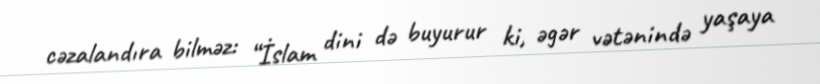
cəzalandıra bilməz: “İslam dini də buyurur ki, əgər vətənində yaşaya